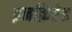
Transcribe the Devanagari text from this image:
इनक्रिप्टेड